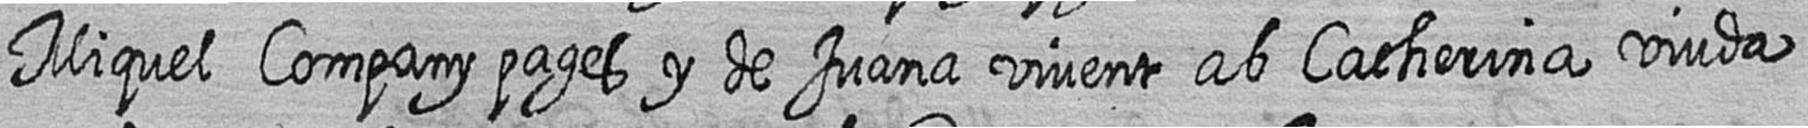
Miquel Company pages y de Juana vivent ab Catherina viuda